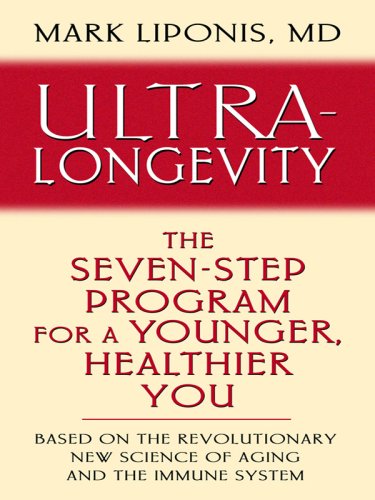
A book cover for Ultra-Longevity: The Seven-Step Program for a Younger, Healthier You (Thorndike Health, Home & Learning); Mark Liponis; Health, Fitness & Dieting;